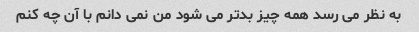
به نظر می رسد همه چیز بدتر می شود من نمی دانم با آن چه کنم